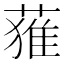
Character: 𮐴